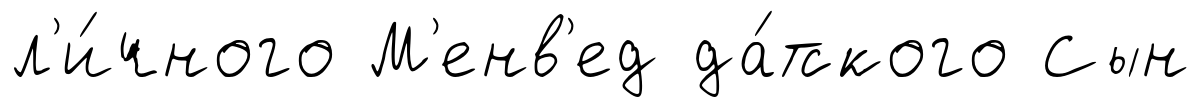
л'и́чного М'енв'ед да́тского Сын